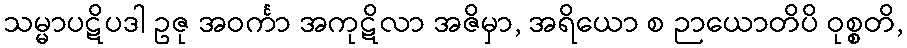
သမ္မာပဋိပဒါ ဥဇု အဝင်္ကာ အကုဋိလာ အဇိမှာ, အရိယော စ ဉာယောတိပိ ဝုစ္စတိ,